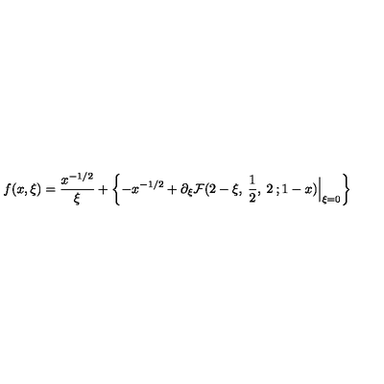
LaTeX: f ( x , \xi ) = \frac { x ^ { - 1 / 2 } } { \xi } + \left\{ - x ^ { - 1 / 2 } + \partial _ { \xi } { \cal F } ( 2 - \xi , \: \frac { 1 } { 2 } , \: 2 \: ; 1 - x ) \Big | _ { \xi = 0 } \right\}